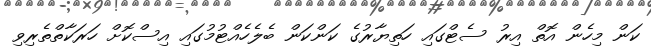
ކަން މިހެން އޮތް އިރު ސެޓްގައި ހަތިޔާރުގެ ކަންކަން ބެލެހެއްޓުމުގައި އިސްކޮށް ހަރަކާތްތެރިވި